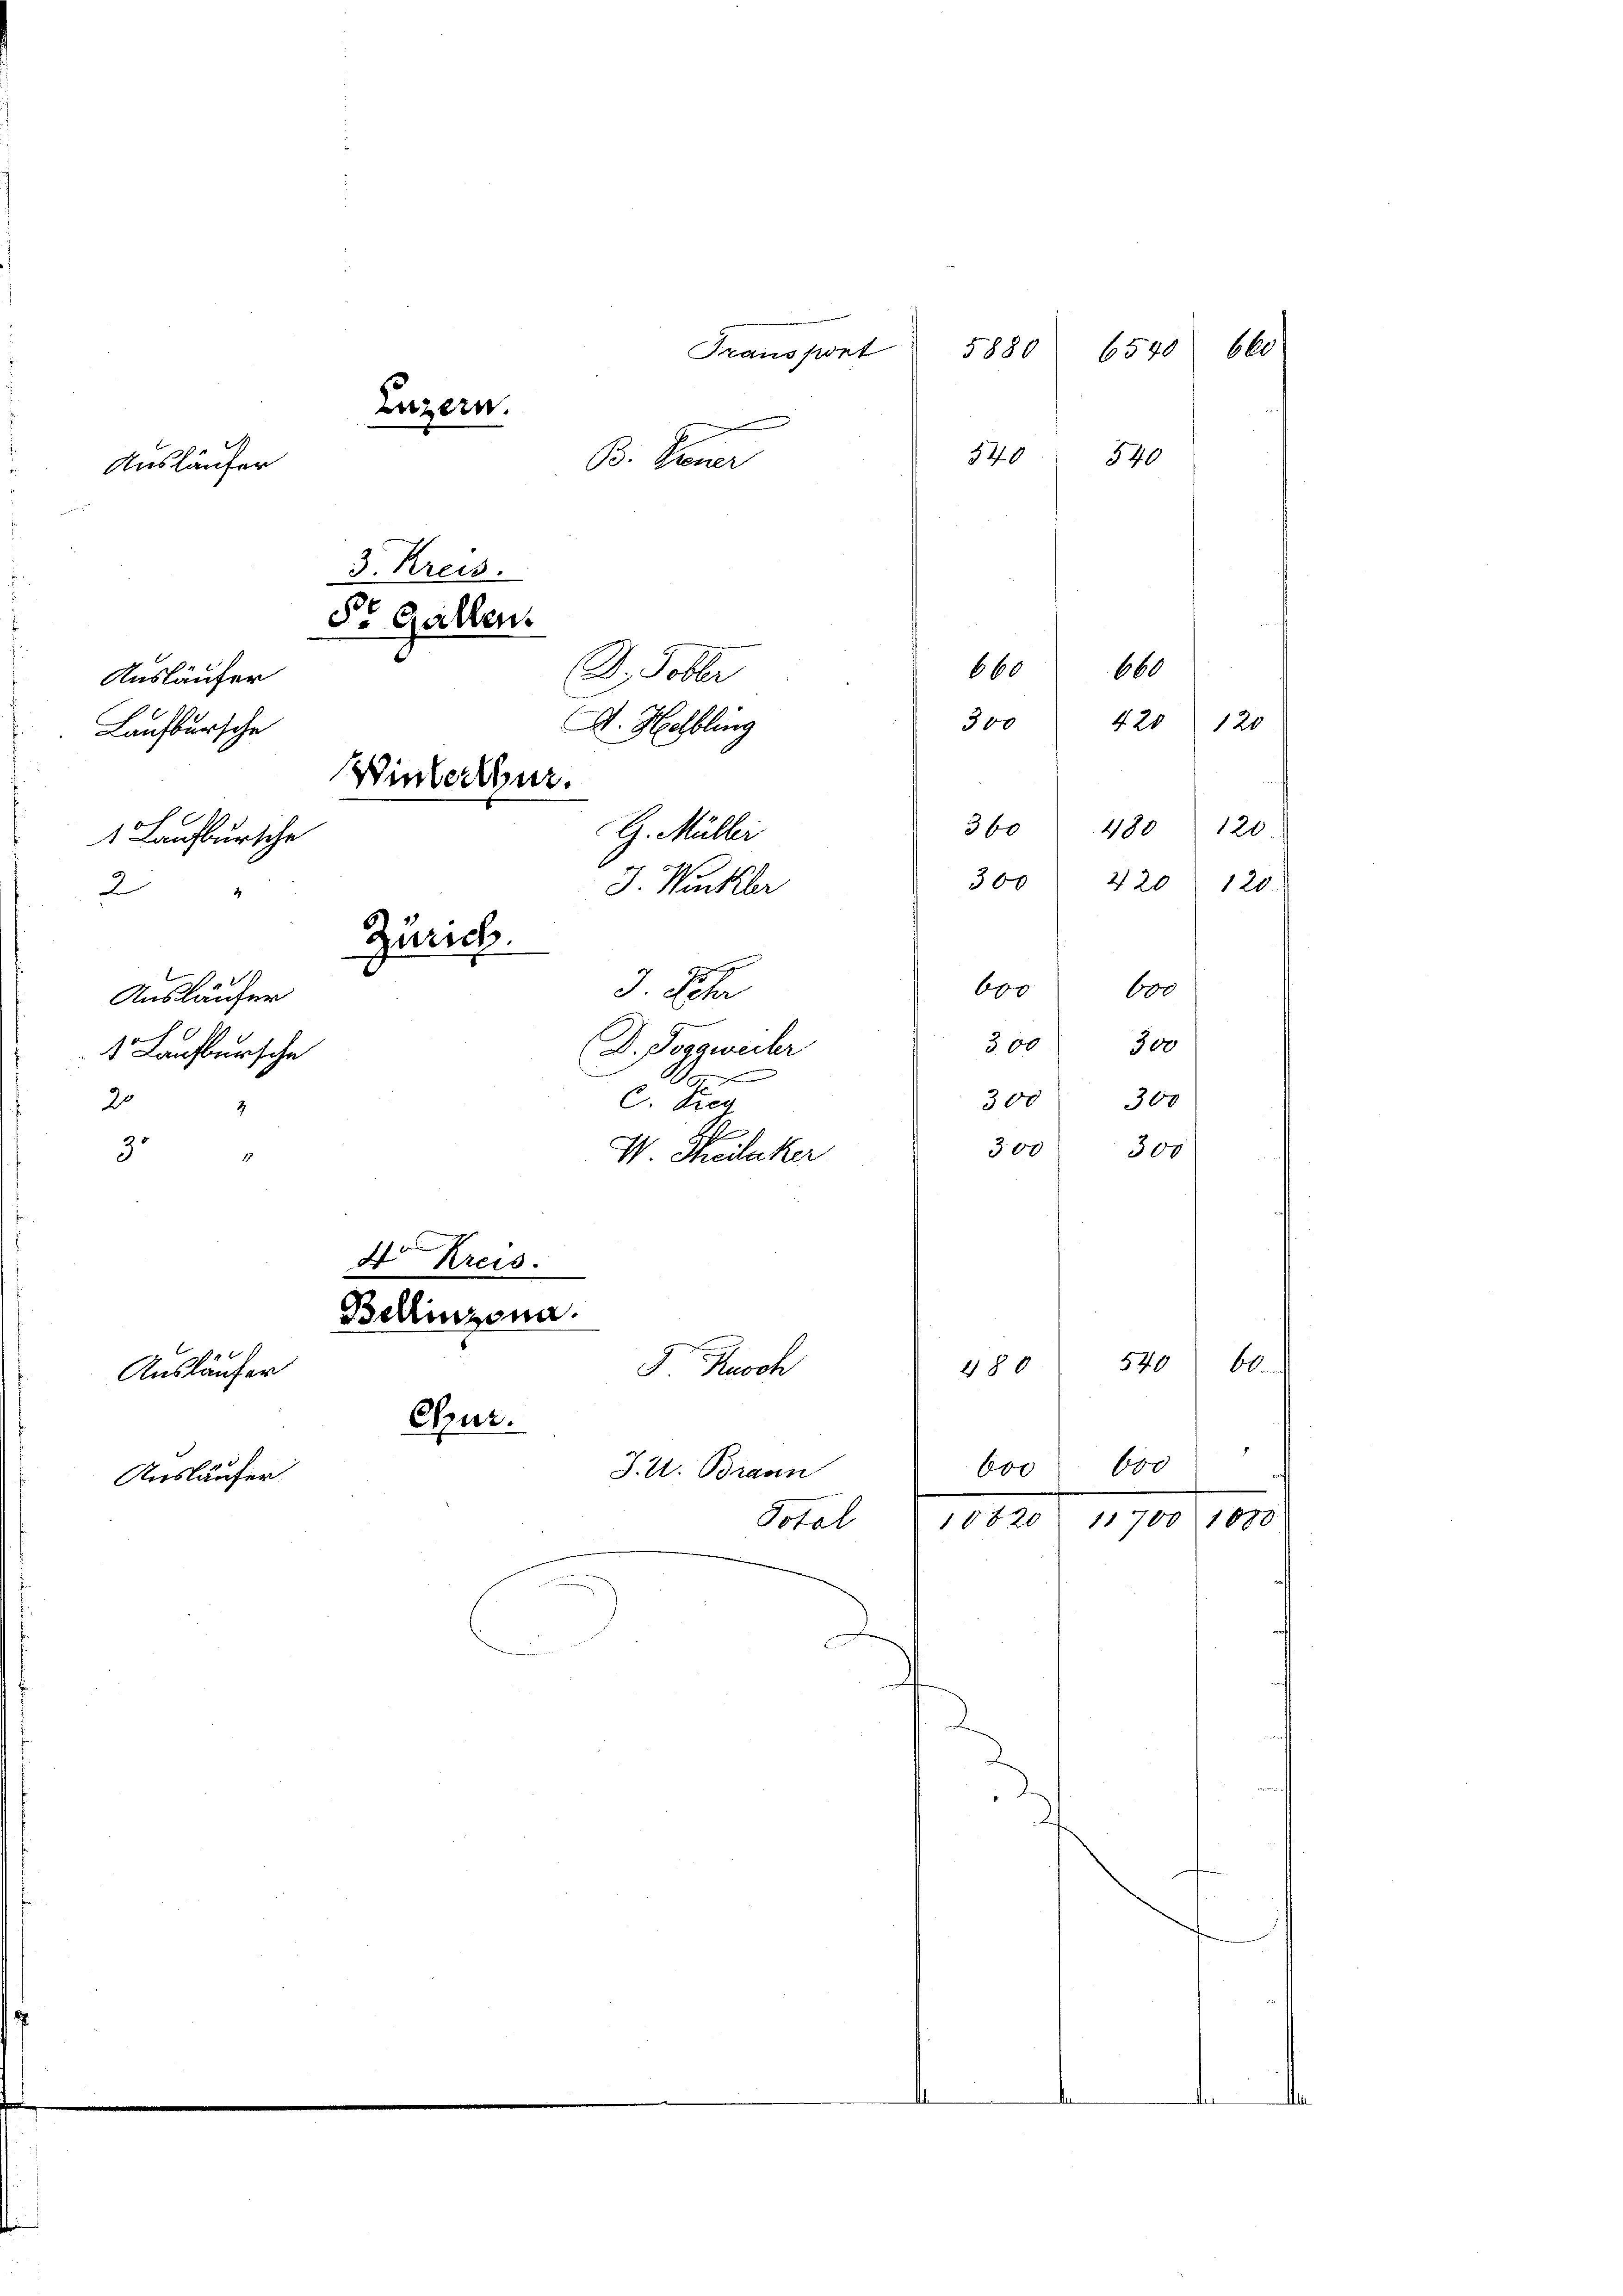
B. Gener
B. Tobler
Ausläufer
A. Helbling
Laufbursche
G. Müller
1 Laufbursche
3. Winkler
2
2
3 Lehr
Ausläufer
D. Jonaweiler
1 Laufbursche
0
C. Sieg
20
3
A
3
I. Theiluker
17

Luzern.
Ausläufer

Ausläufer

Ausläufer

Zürich.
7

3. Kreis.

Bellinzona.

S. Gallen.
Winterthur.

Transport

4 Kreis.
Rusch
Otur.
J. U. Braun
Total

5880

540

660
660
300
420 120
120
360
480
220
300
120.
b
600

540
60
480
600. 600
170, 100
10 f 20

540

300
300
300
300
300
300

6540 660